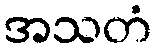
အသတံ